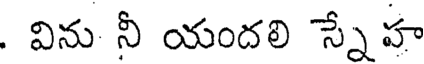
. విను నీ యందలి స్నేహ